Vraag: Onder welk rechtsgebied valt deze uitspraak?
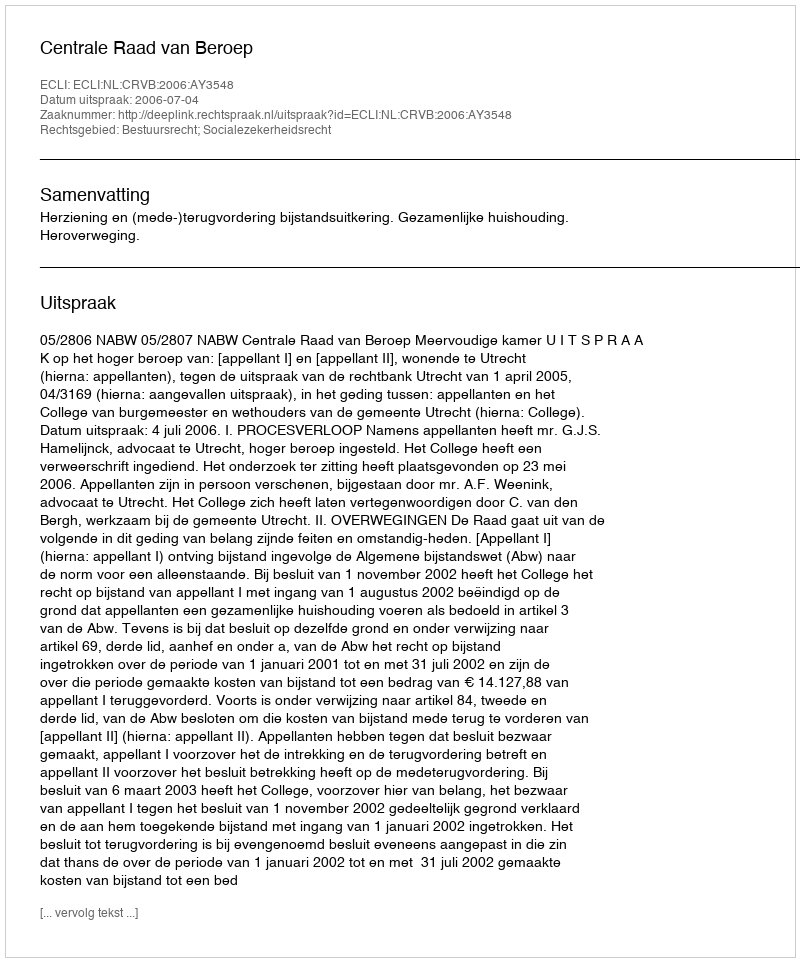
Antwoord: Bestuursrecht; Socialezekerheidsrecht